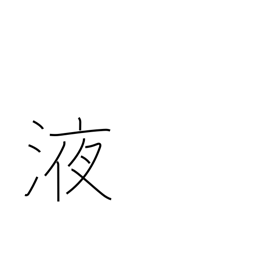
Meaning: juice